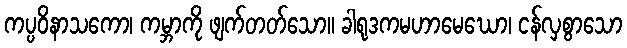
ကပ္ပဝိနာသကော၊ ကမ္ဘာကို ဖျက်တတ်သော။ ခါရုဒကမဟာမေဃော၊ ငန်လှစွာသော